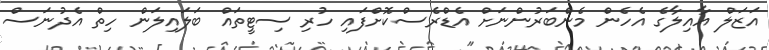
އަޒަލް އާއިލާގެ އެހެން މެންބަރުންނަށް އެޑްރެސްކޮށްފައި ހުރި ސިޓީތައް ބަލައިލަން ހިތް އެދުނަސް